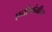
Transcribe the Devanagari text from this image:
एनीमोमीटर